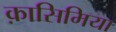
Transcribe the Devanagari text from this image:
क़ासिमिया